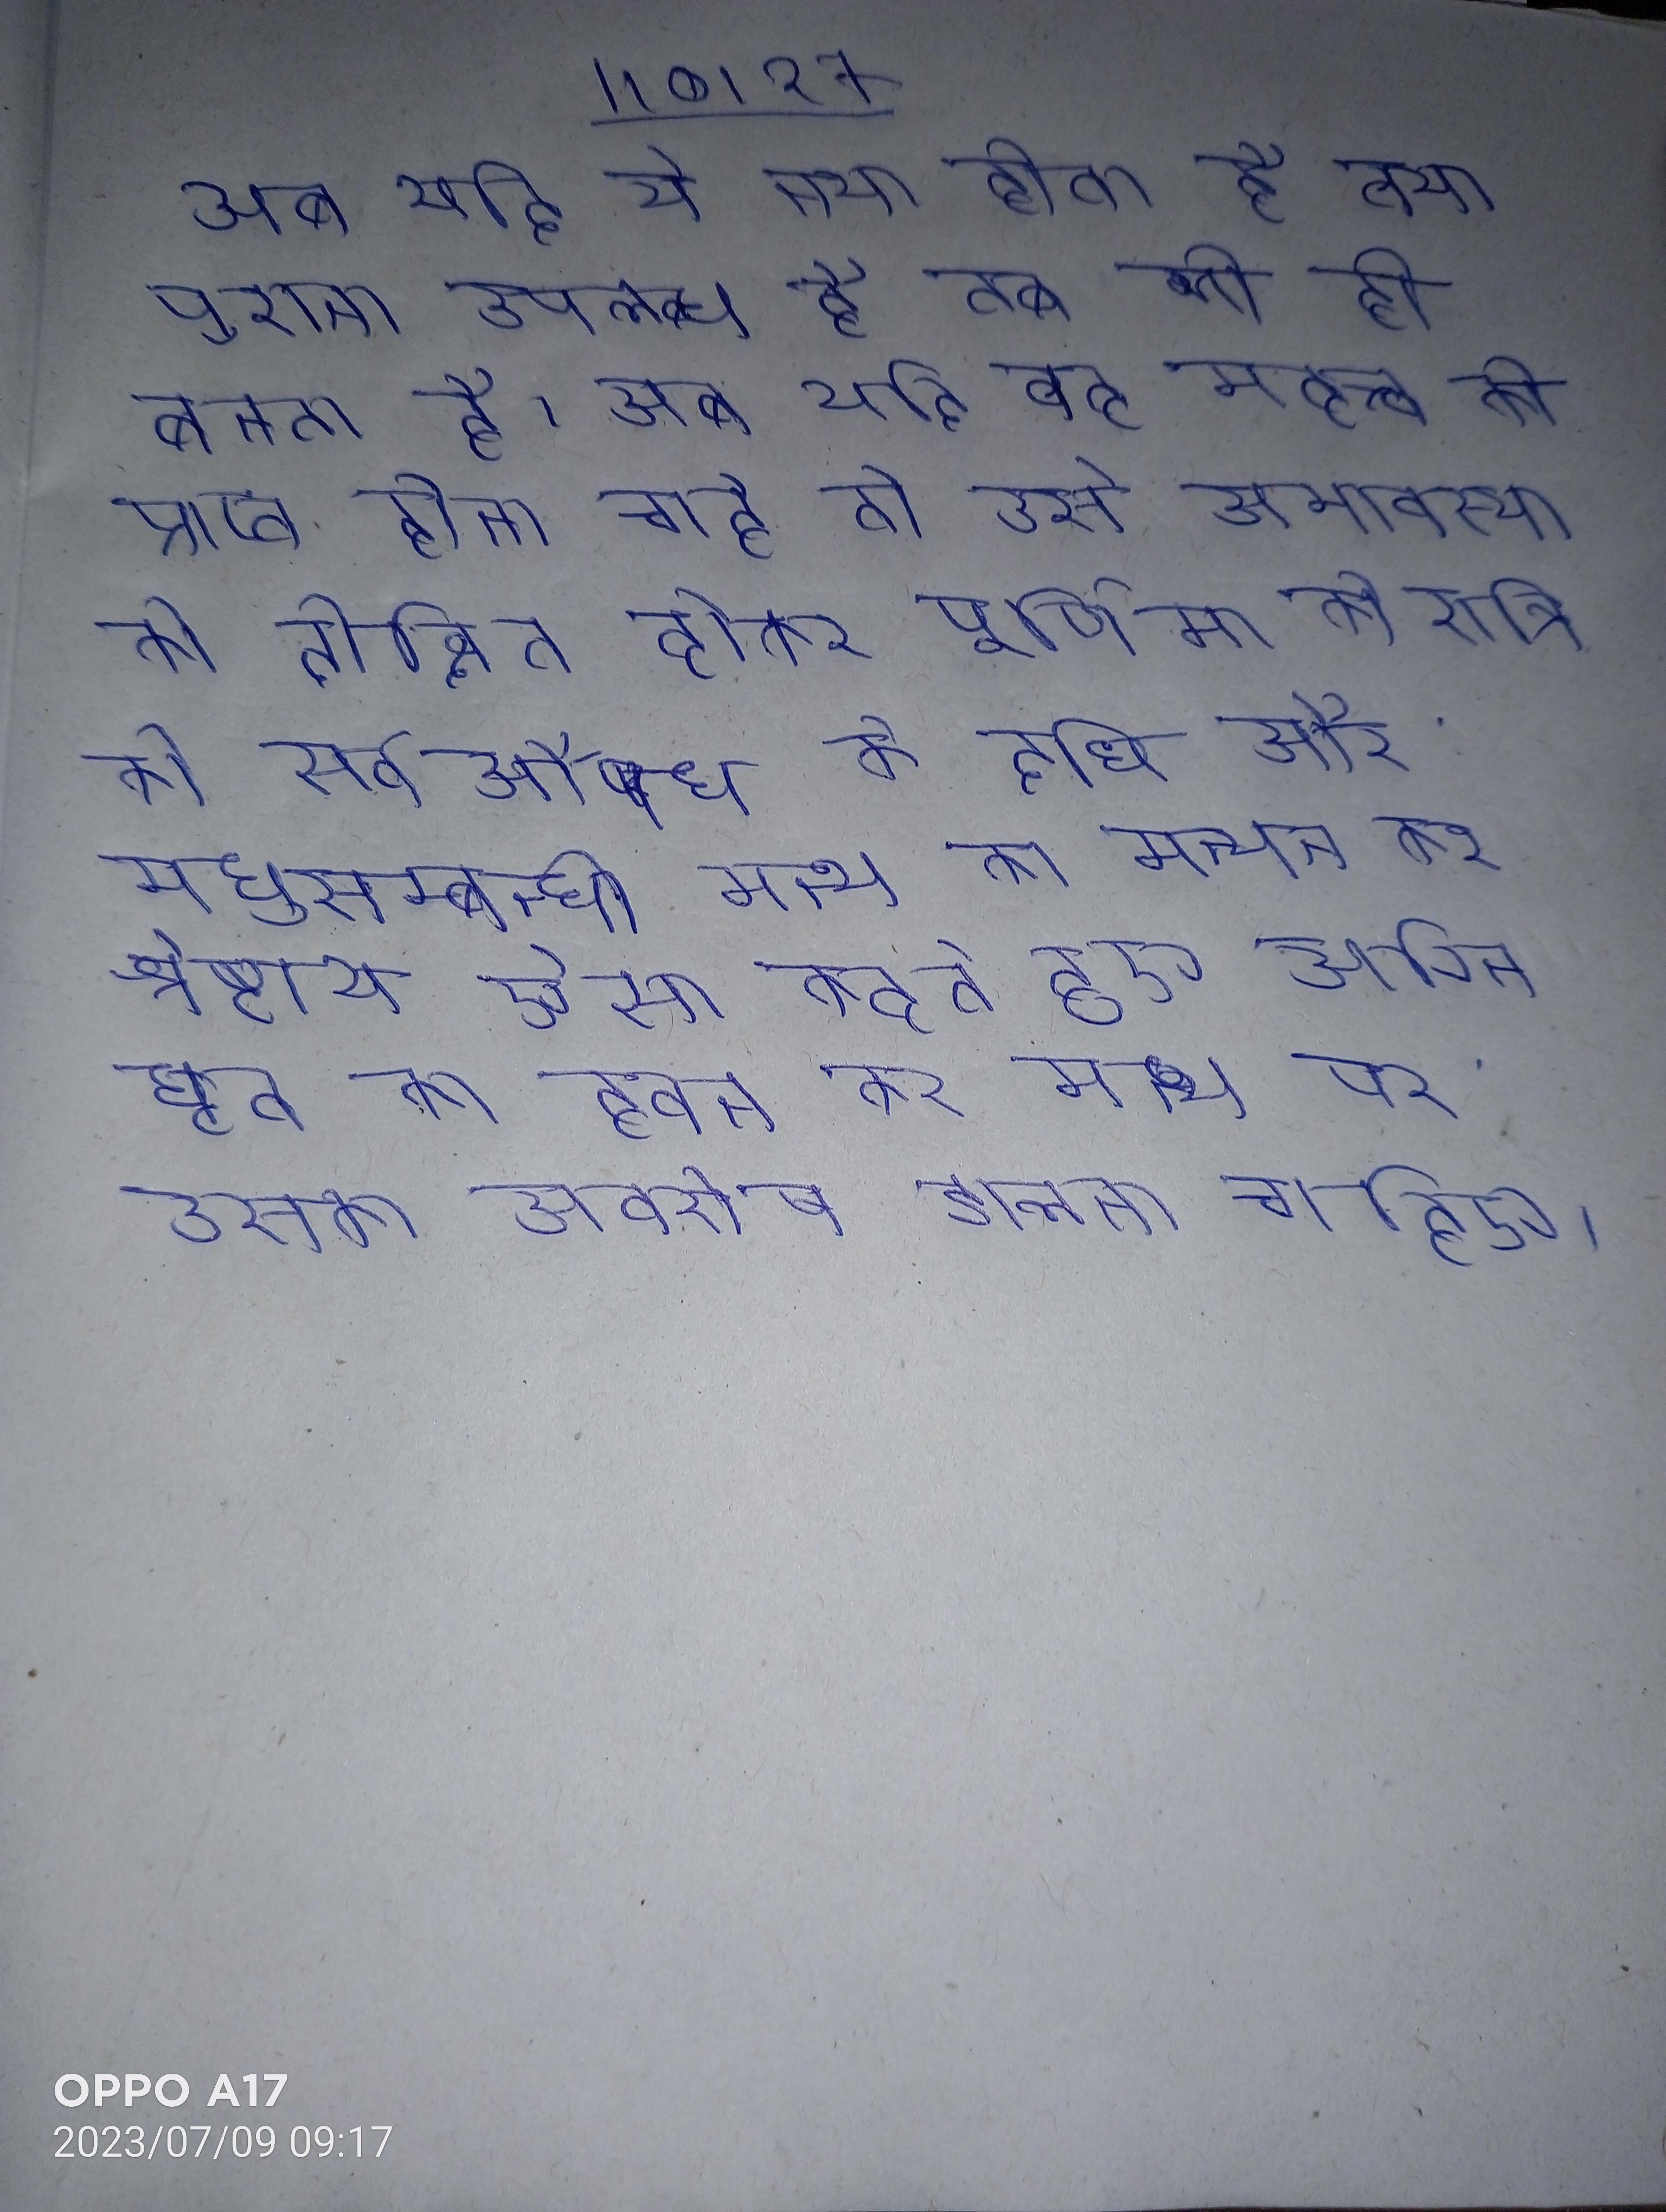
अब यदि ये नया होता है तथा पुराना उपलब्ध है तब भी ही बनता है । अब यदि वह महत्त्व को प्राप्त होना चाहे तो उसे अमावस्या को दीक्षित होकर पूर्णिमा की रात्रि को सर्वऔषध के दधि और मधुसम्बन्धी मन्थ का मन्थन कर श्रेष्ठाय ऐसा कहते हुए अग्नि घृत का हवन कर मन्थ पर उसका अवशेष डालना चाहिए ।